Insane asylums Bombay 1873-77 - 1873-1877
Year: 1873
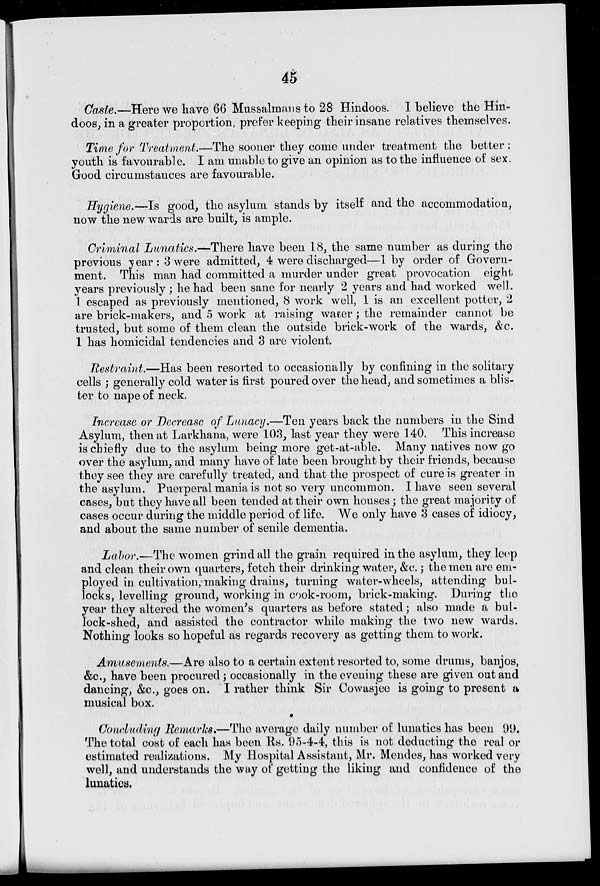
45
Caste.—Here we have 66 Mussalmans to 28 Hindoos. I believe the Hin-
doos, in a greater proportion, prefer keeping their insane relatives themselves.
Time for Treatment.—The sooner they come under treatment the better:
youth is favourable. I am unable to give an opinion as to the influence of sex.
Good circumstances are favourable.
Hygiene.—Is good, the asylum stands by itself and the accommodation,
now the new wards are built, is ample.
Criminal Lunatics.—There have been 18, the same number as during the
previous year: 3 were admitted, 4 were discharged—1 by order of Govern-
ment. This man had committed a murder under great provocation eight
years previously; he had been sane for nearly 2 years and had worked well.
1 escaped as previously mentioned, 8 work well, 1 is an excellent potter, 2
are brick-makers, and 5 work at raising water; the remainder cannot be
trusted, but some of them clean the outside brick-work of the wards, &c.
1 has homicidal tendencies and 3 are violent.
Restraint.—Has been resorted to occasionally by confining in the solitary
cells; generally cold water is first poured over the head, and sometimes a blis-
ter to nape of neck.
Increase or Decrease of Lunacy.—Ten years back the numbers in the Sind
Asylum, then at Larkhana, were 103, last year they were 140. This increase
is chiefly due to the asylum being more get-at-able. Many natives now go
over the asylum, and many have of late been brought by their friends, because
they see they are carefully treated, and that the prospect of cure is greater in
the asylum. Puerperal mania is not so very uncommon. I have seen several
cases, but they have all been tended at their own houses; the great majority of
cases occur during the middle period of life. We only have 3 cases of idiocy,
and about the same number of senile dementia.
Labor.—The women grind all the grain required in the asylum, they leep
and clean their own quarters, fetch their drinking water, &c.; the men are em-
ployed in cultivation, making drains, turning water-wheels, attending bul-
locks, levelling ground, working in cook-room, brick-making. During the
year they altered the women's quarters as before stated; also made a bul-
lock-shed, and assisted the contractor while making the two new wards.
Nothing looks so hopeful as regards recovery as getting them to work.
Amusements.—Are also to a certain extent resorted to, some drums, banjos,
&c., have been procured; occasionally in the evening these are given out and
dancing, &c., goes on. I rather think Sir Cowasjee is going to present a
musical box.
Concluding Remarks.—The average daily number of lunatics has been 99.
The total cost of each has been Rs. 95-4-4, this is not deducting the real or
estimated realizations. My Hospital Assistant, Mr. Mendes, has worked very
well, and understands the way of getting the liking and confidence of the
lunatics.